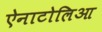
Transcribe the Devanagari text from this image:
ऐनाटोलिआ